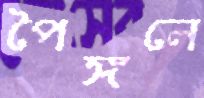
পৈঙ্গলে